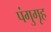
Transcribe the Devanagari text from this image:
पंगुगृह